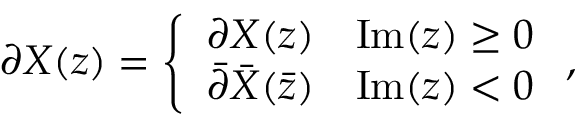
\partial X ( z ) = \left\{ \begin{array} { l l } { { \partial X ( z ) } } & { { \mathrm { I m } ( z ) \geq 0 } } \\ { { \bar { \partial } \bar { X } ( \bar { z } ) } } & { { \mathrm { I m } ( z ) < 0 } } \end{array} \right. ,